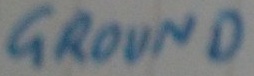
Text: GROUND